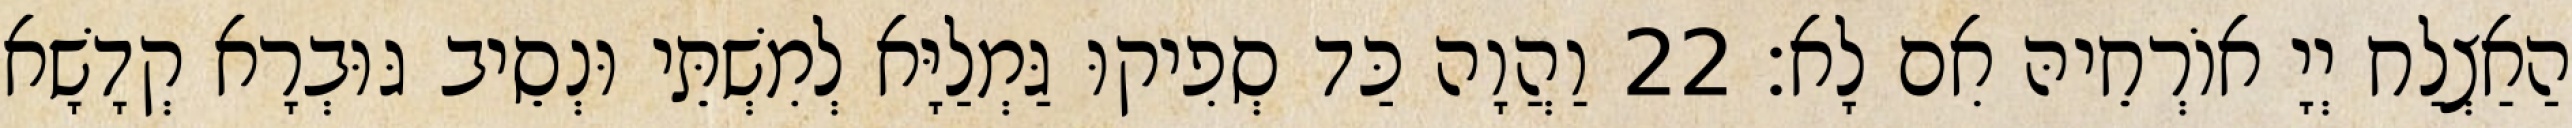
הַאַצְלַח יְיָ אוֹרְחֵיהּ אִם לָא׃ 22 וַהֲוָה כַּד סְפִיקוּ גַּמְלַיָּא לְמִשְׁתֵּי וּנְסֵיב גּוּבְרָא קְדָשָׁא